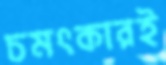
চমৎকারই